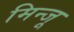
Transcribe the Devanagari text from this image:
मिन्जू